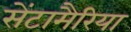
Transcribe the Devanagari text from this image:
सेंटामैरिया